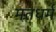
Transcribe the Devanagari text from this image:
मतधर्म